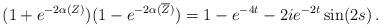
LaTeX: \begin{align*}(1 + e^{- 2 \alpha (Z)}) (1 - e^{- 2 \alpha (\overline{Z})}) = 1 - e^{-4 t} - 2 i e^{- 2 t} \sin (2 s)\, .\end{align*}